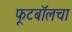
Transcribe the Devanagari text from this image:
फूटबॉलचा